Tartu_linnavalitsus, lk 19
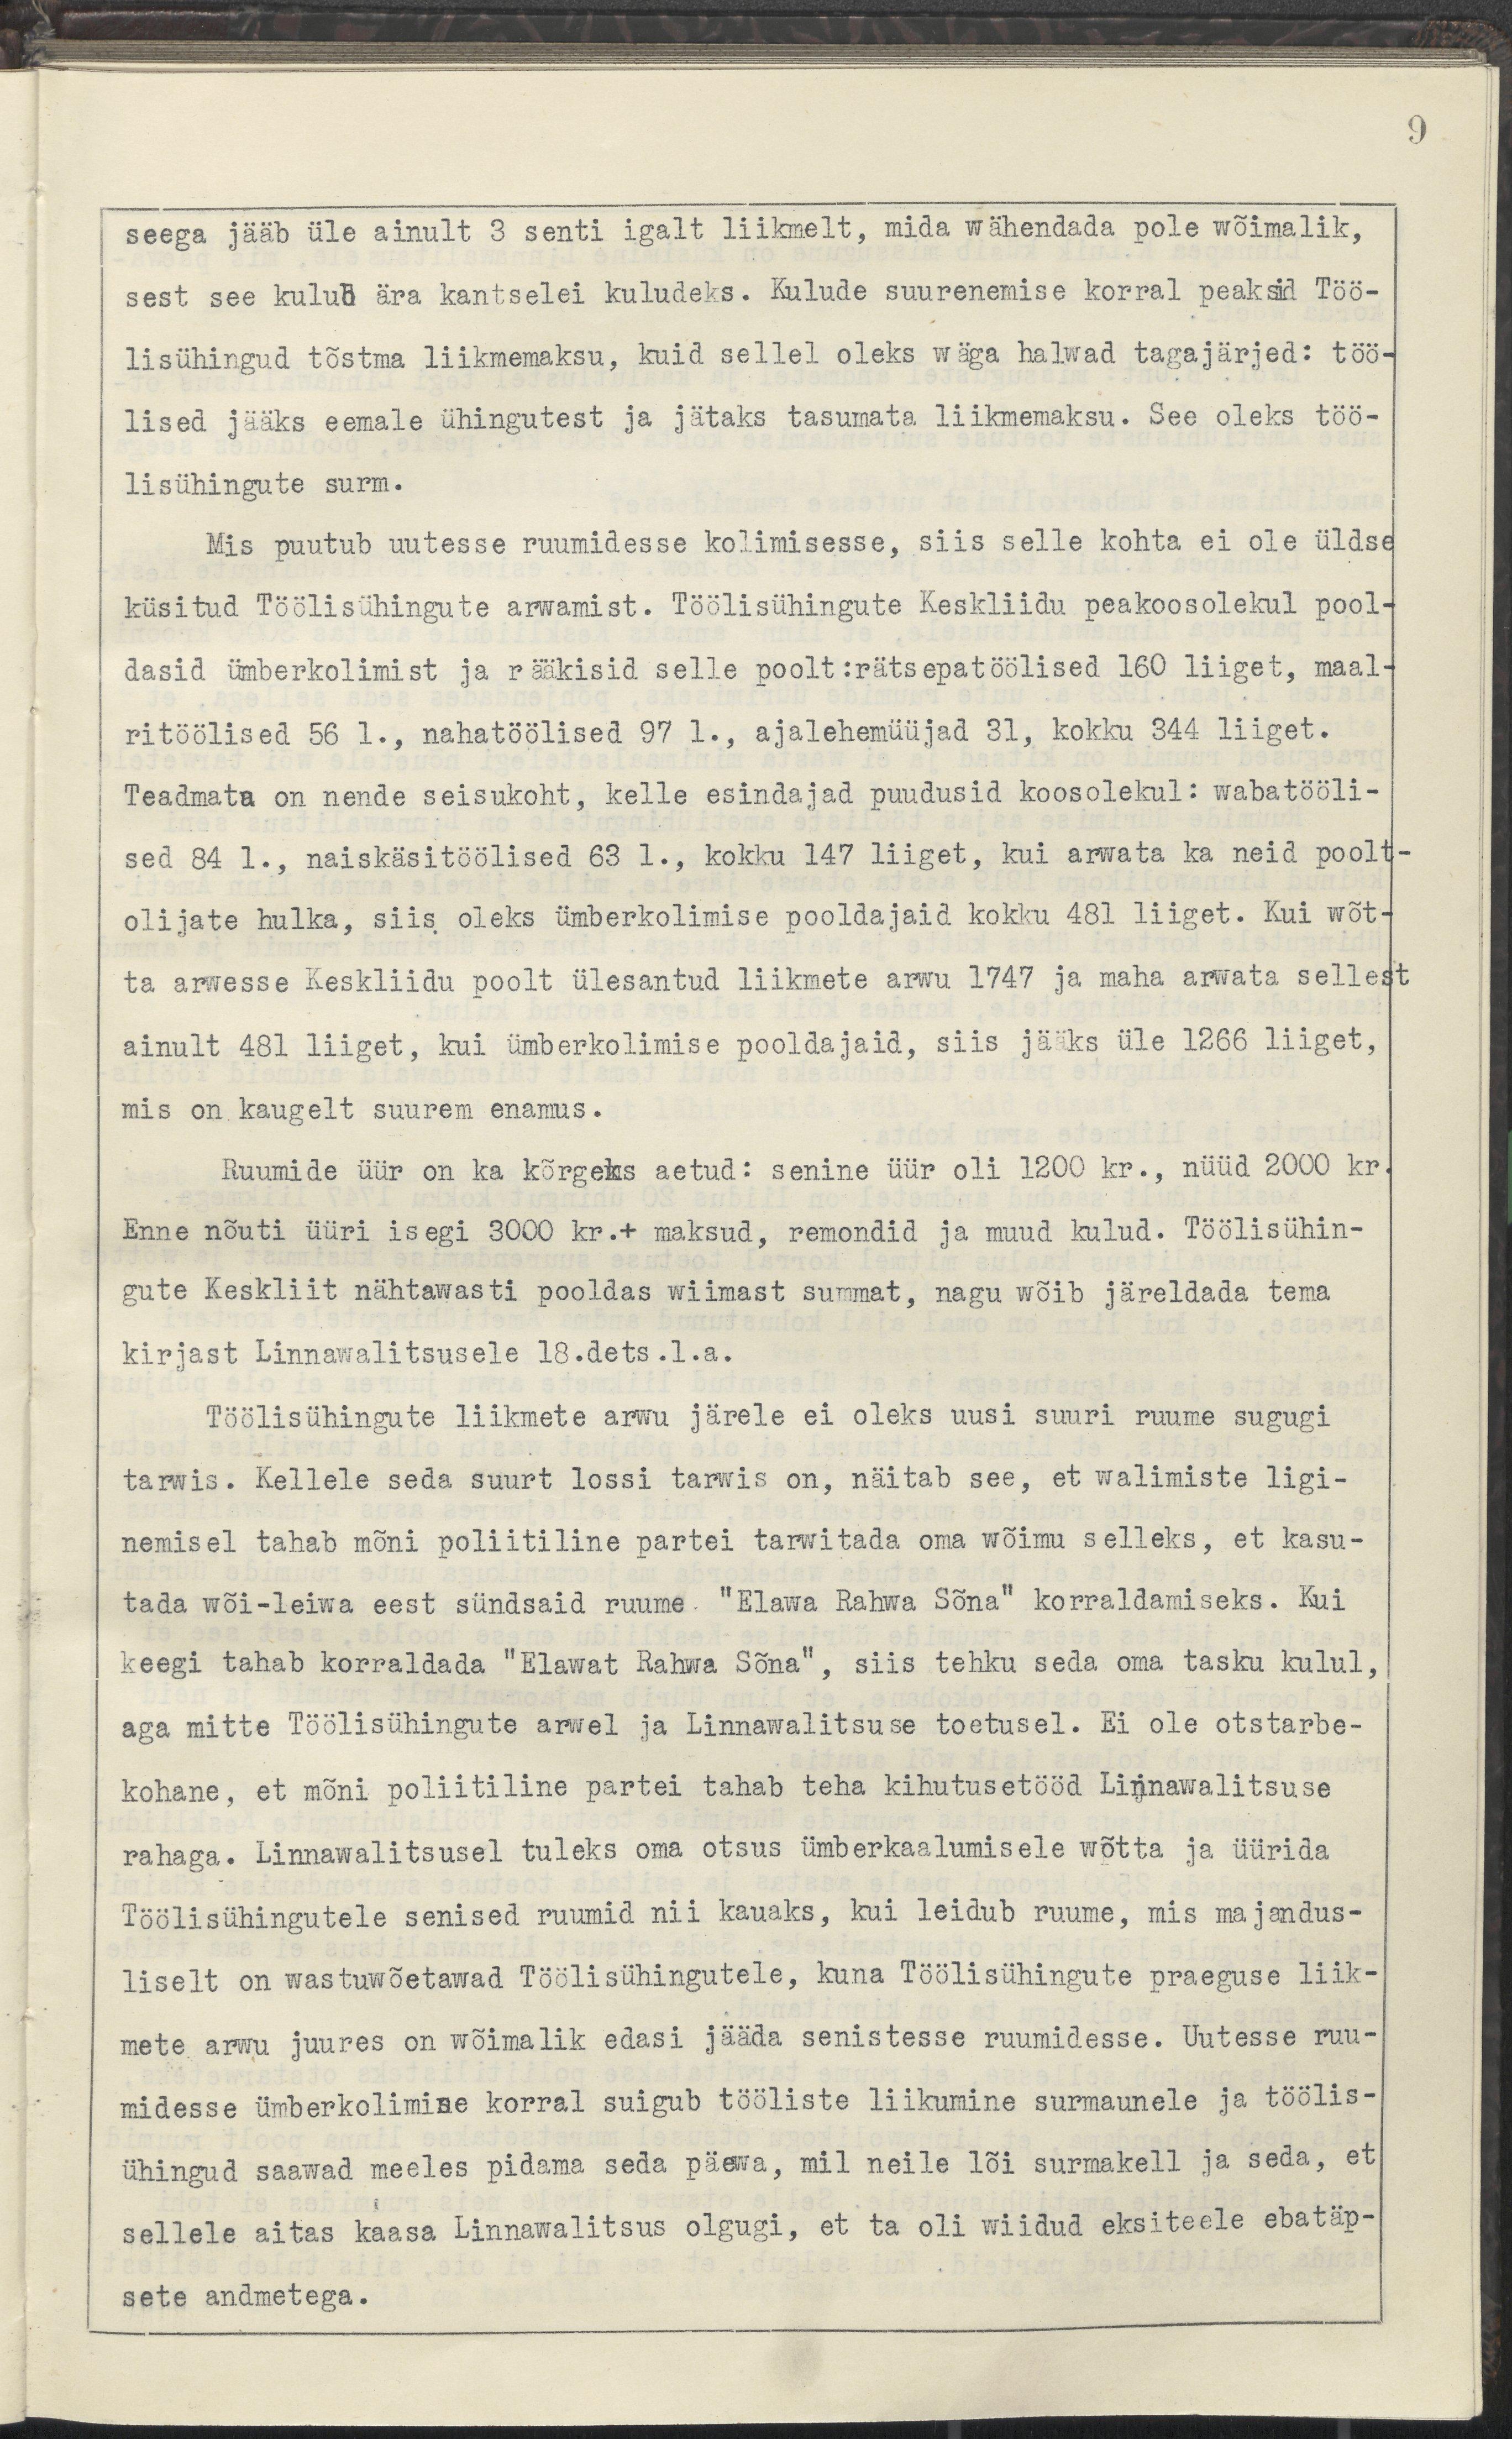
9
seega jääb üle ainult 3 senti igalt liikmelt, mida wähendada pole wõimalik, 
sest see kulub ära kantselei kuludeks. Kulude suurenemise korral peaksid Töö-
lisühingud tõstma liikmemaksu, kuid sellel oleks wäga halwad tagaajärjed: töö-
lised jääks eemale ühingutest ja jätaks tasumata liikmemaksu. See oleks töö-
lisühingute surm.
Mis puutub uutesse ruumidesse kolimisesse, siis selle kohta ei ole üldse
küsitud töölisühingute arwamist. Töölisühingute keskliidu peakoosolekul pool-
dasid ümberkolimist ja rääkisid selle poolt :rätsepatöölised 160 liiget, maal-
ritöölised 56 l., nahatöölised 97 l., ajalehemüüjad 31, kokku 344 liiget.
Teadmata on nende seisukoht, kelle esindajad puudusid koosolekul: wabatööli-
sed 84 l., naiskäsitöölised 63 l., kokku 147 liiget, kui arwata ka neid poolt-
olijate hulka, siis oleks ümberkolimise pooldajaid kokkku 481 liiget. Kui wõt-
ta arwesse Keskliidu poolt ülesantud liikmete arwu 1747 ja maha arwata sellest
ainult 481 liiget, kui ümberkolimise pooldajaid, siis jääks üle 1266 liiget,
mis on kaugelt suurem enamus.
Ruumide üür on ka kõrgeks aetud: senine üür oli 1200 kr., nüüd 2000 kr.
Enne nõuti üüri isegi 3000 kr.+ maksud, remndid ja muud kulud. Töölisühin-
gute Keskliit nähtawasti pooldas wiimast summat, nagu wõib järeldada tema
kirjast Linnawalitsusele 18.dets.l.a.
Töölisühingute liikmete arwu järele ei oleks uusi suuri ruume sugugi
tarwis. Kellele seda suurt lossi tarwis on, näitab see, et walimiste ligi-
nemisel tahab mõni poliitiline partei tarwitada oma wõimu selleks, et kasu-
tada wõi-leiwa eest sündsaid ruume "Elawa Rahwa Sõna" korraldamiseks. Kui
keegi tahab korraldada "Elawat Rahwa Sõna", siis tehku seda oma tasku kulul,
aga mitte Töölisühingute arwel ja Linnawalitsuse toetusel. Ei ole otstarbe-
kohane, et mõni poliitiline partei tahab teha kihutusetööd Linnwalitsuse
rahaga. Linnawalitsusel tuleks oma otsus ümberkaalumisele wõtta ja üüritda
Töölisühingutele senised ruumid nii kauaks, kui leidub ruume, mis majandus-
liselt on wastuwõetawad Töölisühingutele, kuna Töölisühingute praeguse liik-
mete arwu juures on wõimalik edasi jääda senistesse ruumidesse. Uutesse ruu-
midesse ümberkolimise korral suigub tööliste liikumine surmaunele ja töölis-
ühingud saawad meeles pidama seda päewa, mil neile lõi surnukell ja seda, et
sellele aitas kaasa Linnawalitsus olgugi, et ta oli wiidud eksiteele ebatäp-
sete andmetega.